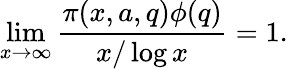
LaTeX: \operatorname*{lim}_{x\to\infty}{\frac{\pi(x,a,q)\phi(q)}{x/\log x}}=1.